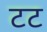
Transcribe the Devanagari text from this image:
टट